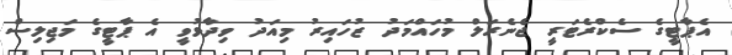
އެޕާޓީގެ ސެކްރެޓަރީ ޖެނެރަލް މުހައްމަދު ޒުހައިރު މިއަދު ވިދާޅުވީ އެ ޕާޓީގެ މަޖިލިސް